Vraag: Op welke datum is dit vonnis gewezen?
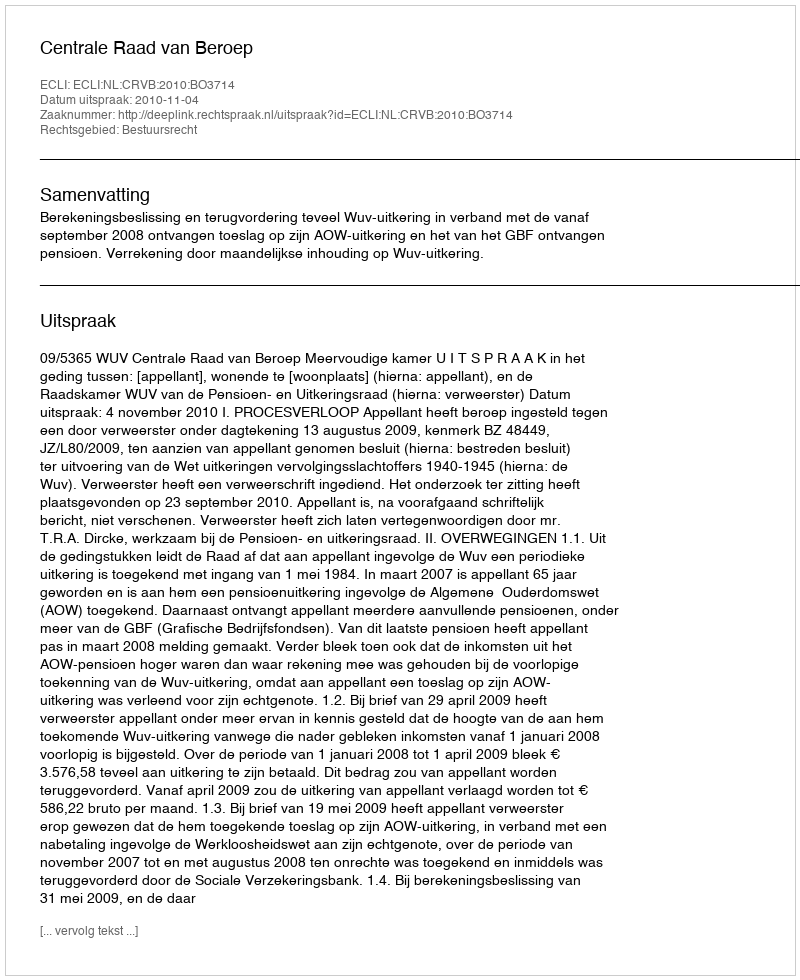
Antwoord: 2010-11-04